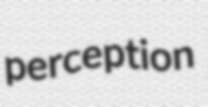
perception